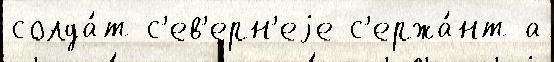
солда́т с'ев'ерн'еjе с'ержа́нт а